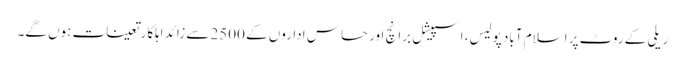
ریلی کے روٹ پر اسلام آباد پولیس، اسپیشل برانچ اور حساس اداروں کے 2500سے زائد اہلکار تعینات ہوں گے۔